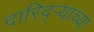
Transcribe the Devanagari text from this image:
दारिद्ऱ्याच्या